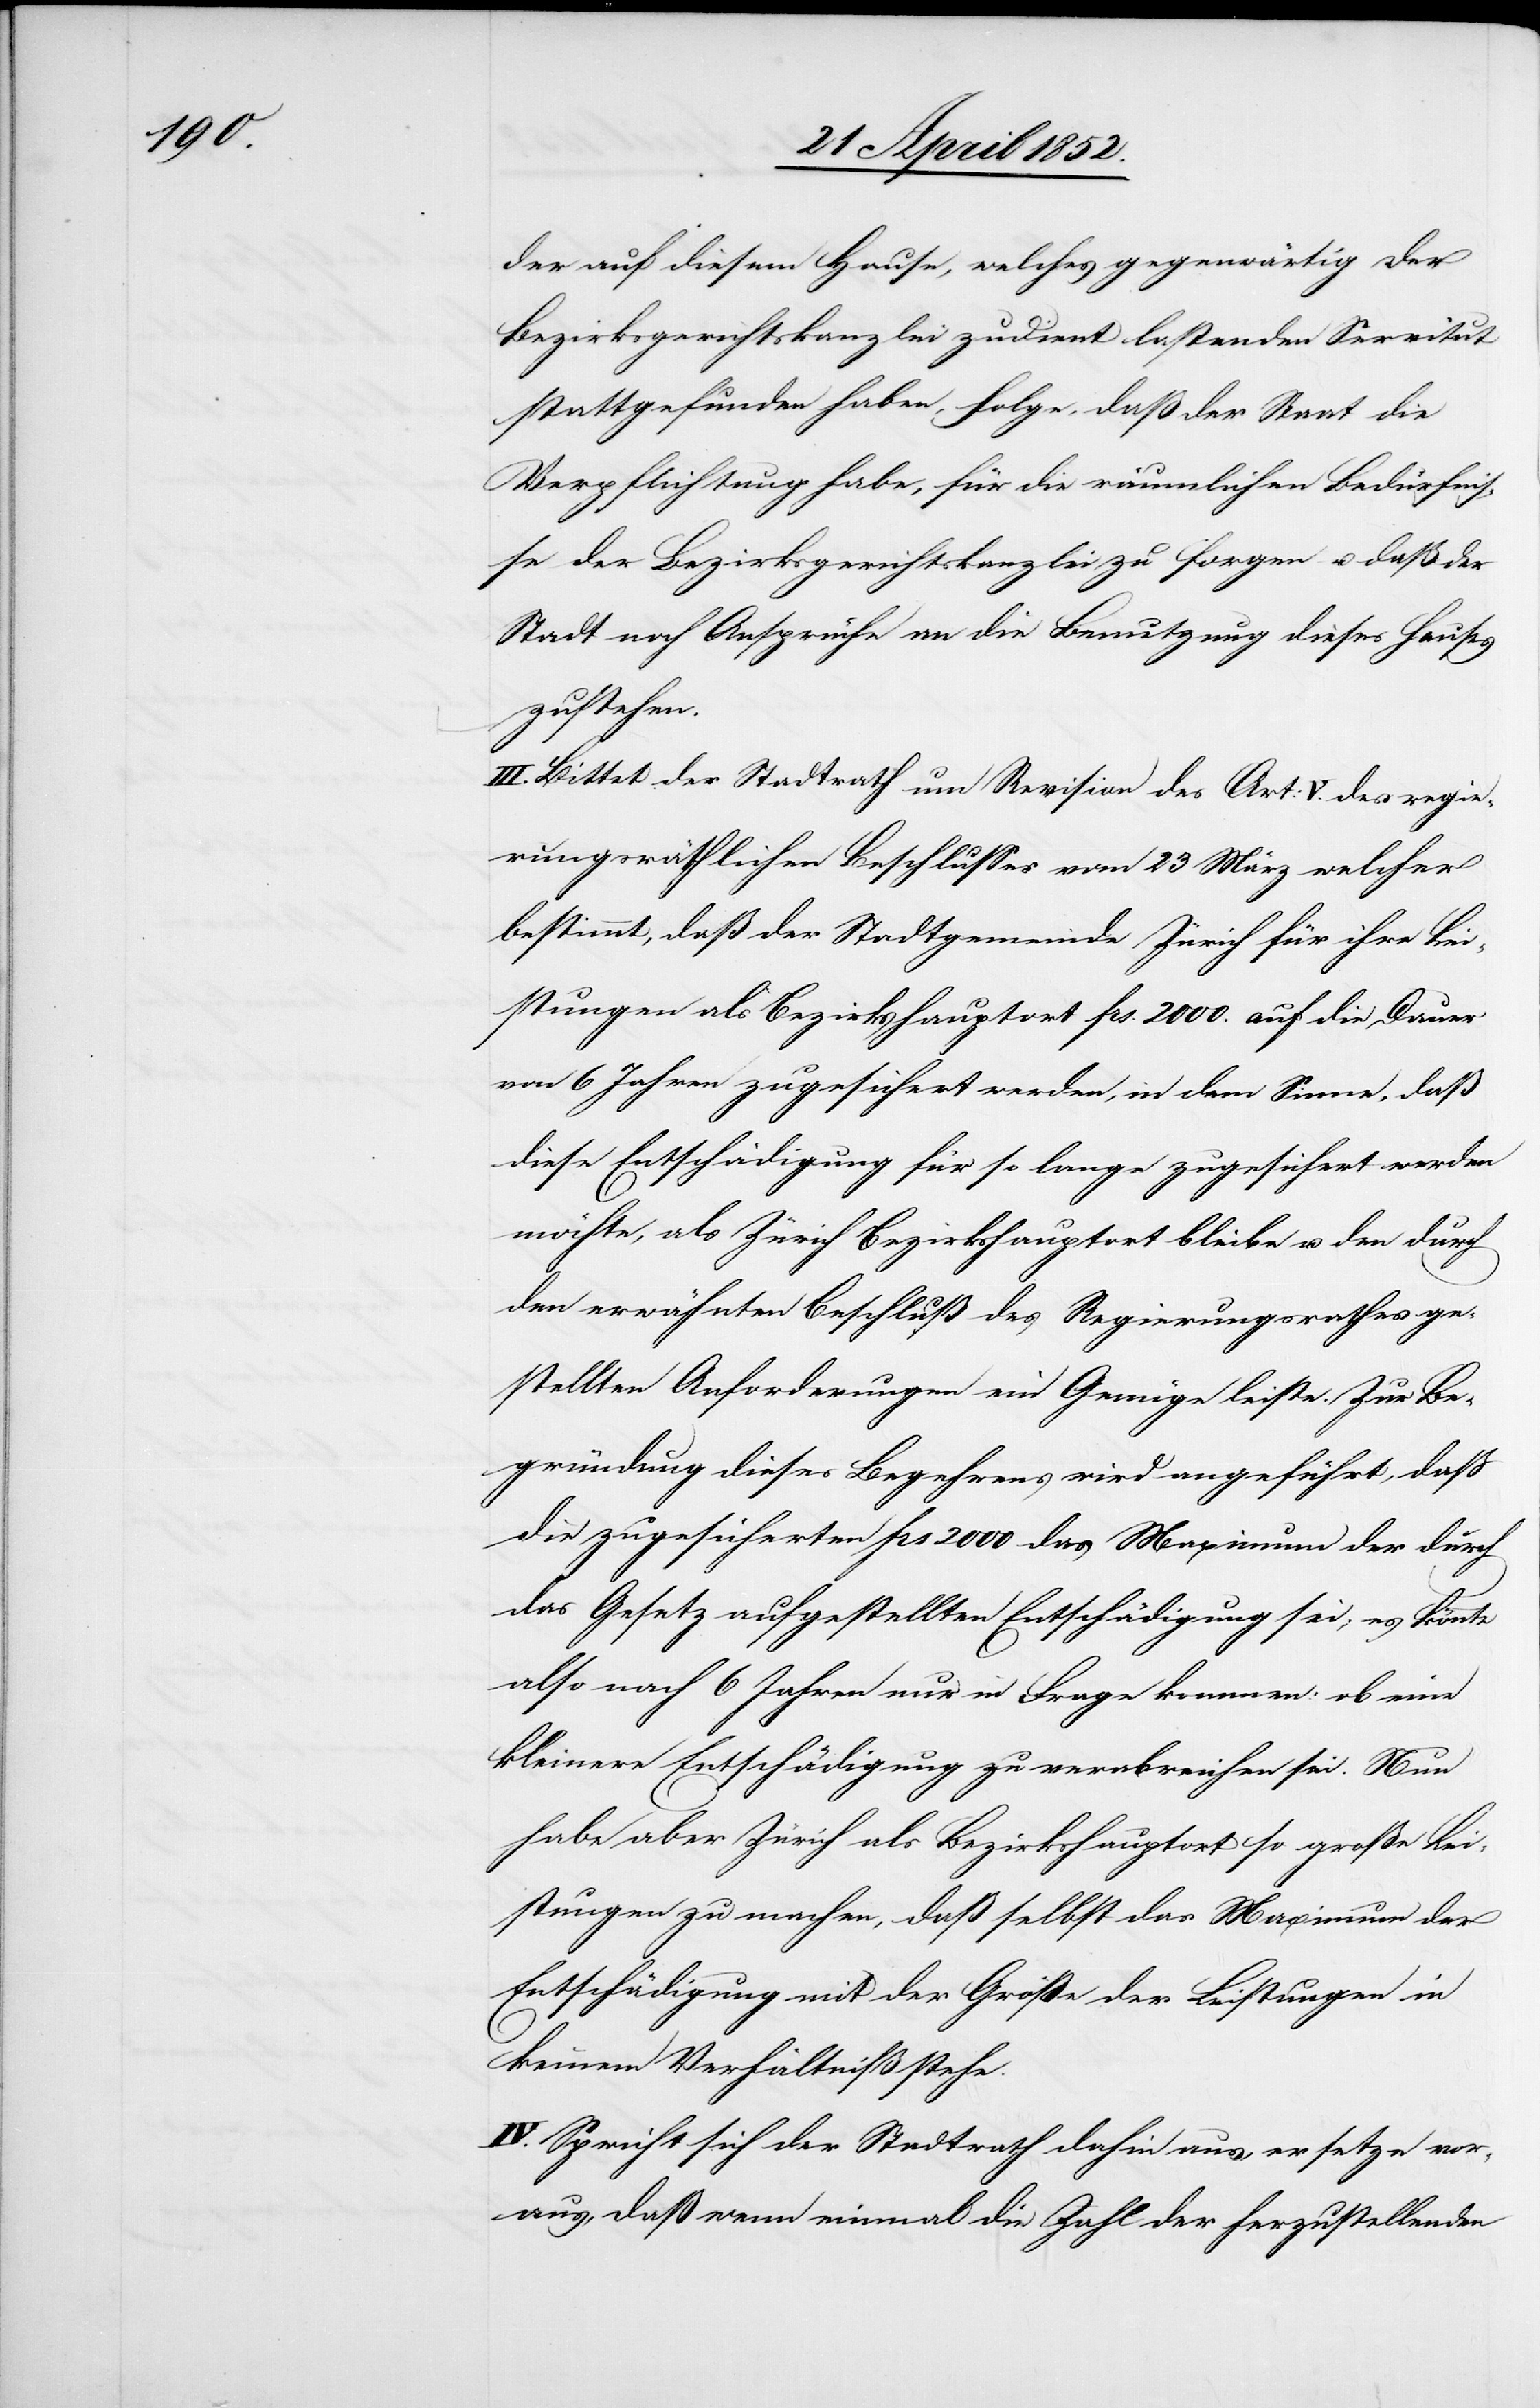
der auf diesem Hause, welches gegenwärtig der
Bezirksgerichtskanzlei zudient lastenden Servitut
stattgefunden haben, folge, daß der Staat die
Verpflichtung habe, für die räumlichen Bedürfnis¬
se der Bezirksgerichtskanzlei zu sorgen u. daß der
Stadt noch Ansprüche an die Benutzung dieses Hauses
zustehen.
III. Bittet der Stadtrath um Revision des Art: V. des regie¬
rungsräthlichen Beschlusses vom 23 März welcher
bestimmt, daß der Stadtgemeinde Zürich für ihre Lei¬
stungen als Bezirkshauptort frs. 2000. auf die Dauer
von 6 Jahren zugesichert werden, in dem Sinne, daß
diese Entschädigung für so lange zugesichert werden
möchte, als Zürich Bezirkshauptort bleibe u. den durch
den erwähnten Beschluß des Regierungsrathes ge¬
stellten Anforderungen ein Genüge leiste. Zur Be¬
gründung dieses Begehrens wird angeführt, daß
die zugesicherten frs 2000 das Maximum der durch
das Gesetz aufgestellten Entschädigung sei; es könnte
also nach 6 Jahren nur in Frage kommen: ob eine
kleinere Entschädigung zu verabreichen sei. Nun
habe aber Zürich als Bezirkshauptort so große Lei¬
stungen zu machen, daß selbst das Maximum der
Entschädigung mit der Größe der Leistungen in
keinem Verhältniß stehe.
IV. Spricht sich der Stadtrath dahin aus, er setze vor¬
aus, daß wenn einmal die Zahl der herzustellenden